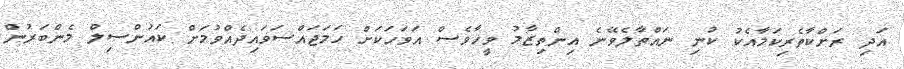
އަދި ރަށްކާތެރިކަމާއެކު ކުނި ނައްތާލެވޭނެ އިންތިޒާމު ވީހާވެސް އަވަހަކަށް ހަމަޖައްސަވައިދެއްވުމަށް ކައުންސިލް މެންބަރުން